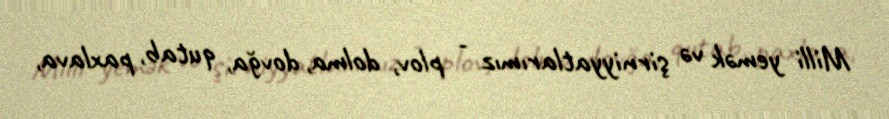
Milli yemək və şirniyyatlarımız - plov, dolma, dovğa, qutab, paxlava,